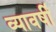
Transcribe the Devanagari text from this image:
व्यावर्षी